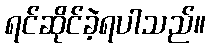
ရင်ဆိုင်ခဲ့ရပါသည်။